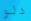
دلو